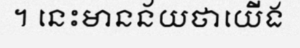
។ នេះមានន័យថាយើង